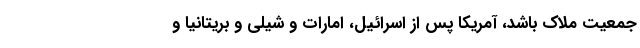
جمعیت ملاک باشد، آمریکا پس از اسرائیل، امارات و شیلی و بریتانیا و